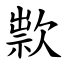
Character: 㱁